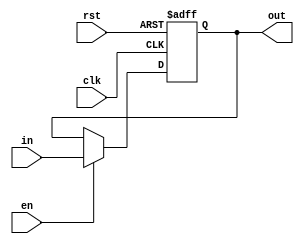

module m_register #
(
  parameter WIDTH = 16
)
(
  input [1-1:0] clk,
  input [1-1:0] rst,
  input [1-1:0] en,
  input [WIDTH-1:0] in,
  output reg [WIDTH-1:0] out
);


  always @(posedge clk or posedge rst) begin
    if(rst) begin
      out <= 0;
    end else begin
      if(en) begin
        out <= in;
      end 
    end
  end


endmodule